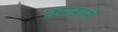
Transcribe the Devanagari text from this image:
करडानो